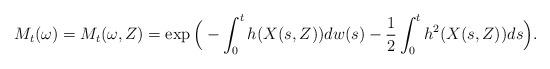
LaTeX: \begin{align*}M_t(\omega)=M_t(\omega,Z)=\exp \Big( -\int_0^t h(X(s,Z)) dw(s) -\frac{1}{2} \int_0^t h^2(X(s,Z))ds \Big).\end{align*}